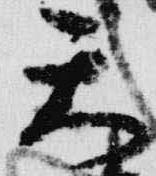
天